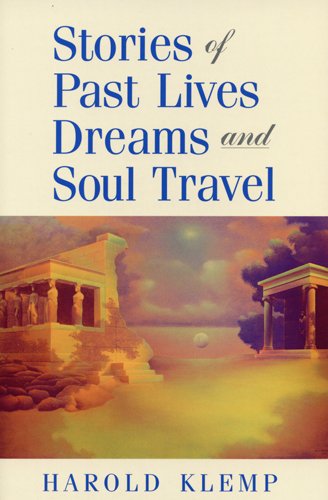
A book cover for Stories of Past Lives, Dreams, and Soul Travel; Harold Klemp; Religion & Spirituality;